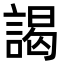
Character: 謁